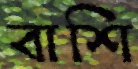
বাশি